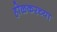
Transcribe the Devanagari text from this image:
होळकरच्या